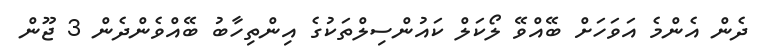
ދެން އެންމެ އަވަހަށް ބޭއްވޭ ލޯކަލް ކައުންސިލްތަކުގެ އިންތިހާބު ބޭއްވެންދެން 3 ޖޫން